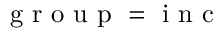
\textrm { g r o u p } = \textrm { i n c }